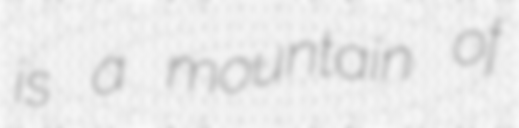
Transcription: is a mountain of